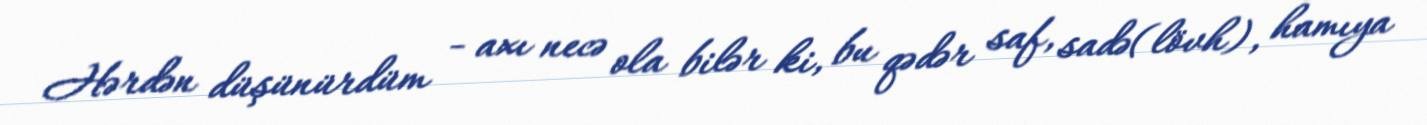
Hərdən düşünürdüm - axı necə ola bilər ki, bu qədər saf, sadə(lövh), hamıya